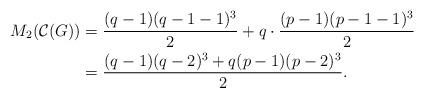
LaTeX: \begin{align*} M_{2}(\mathcal{C}(G))&= \dfrac{(q-1)(q-1-1)^{3}}{2}+q \cdot \dfrac{(p-1)(p-1-1)^{3}}{2} \\ &= \dfrac{(q-1)(q-2)^{3}+q(p-1)(p-2)^{3}}{2}. \end{align*}